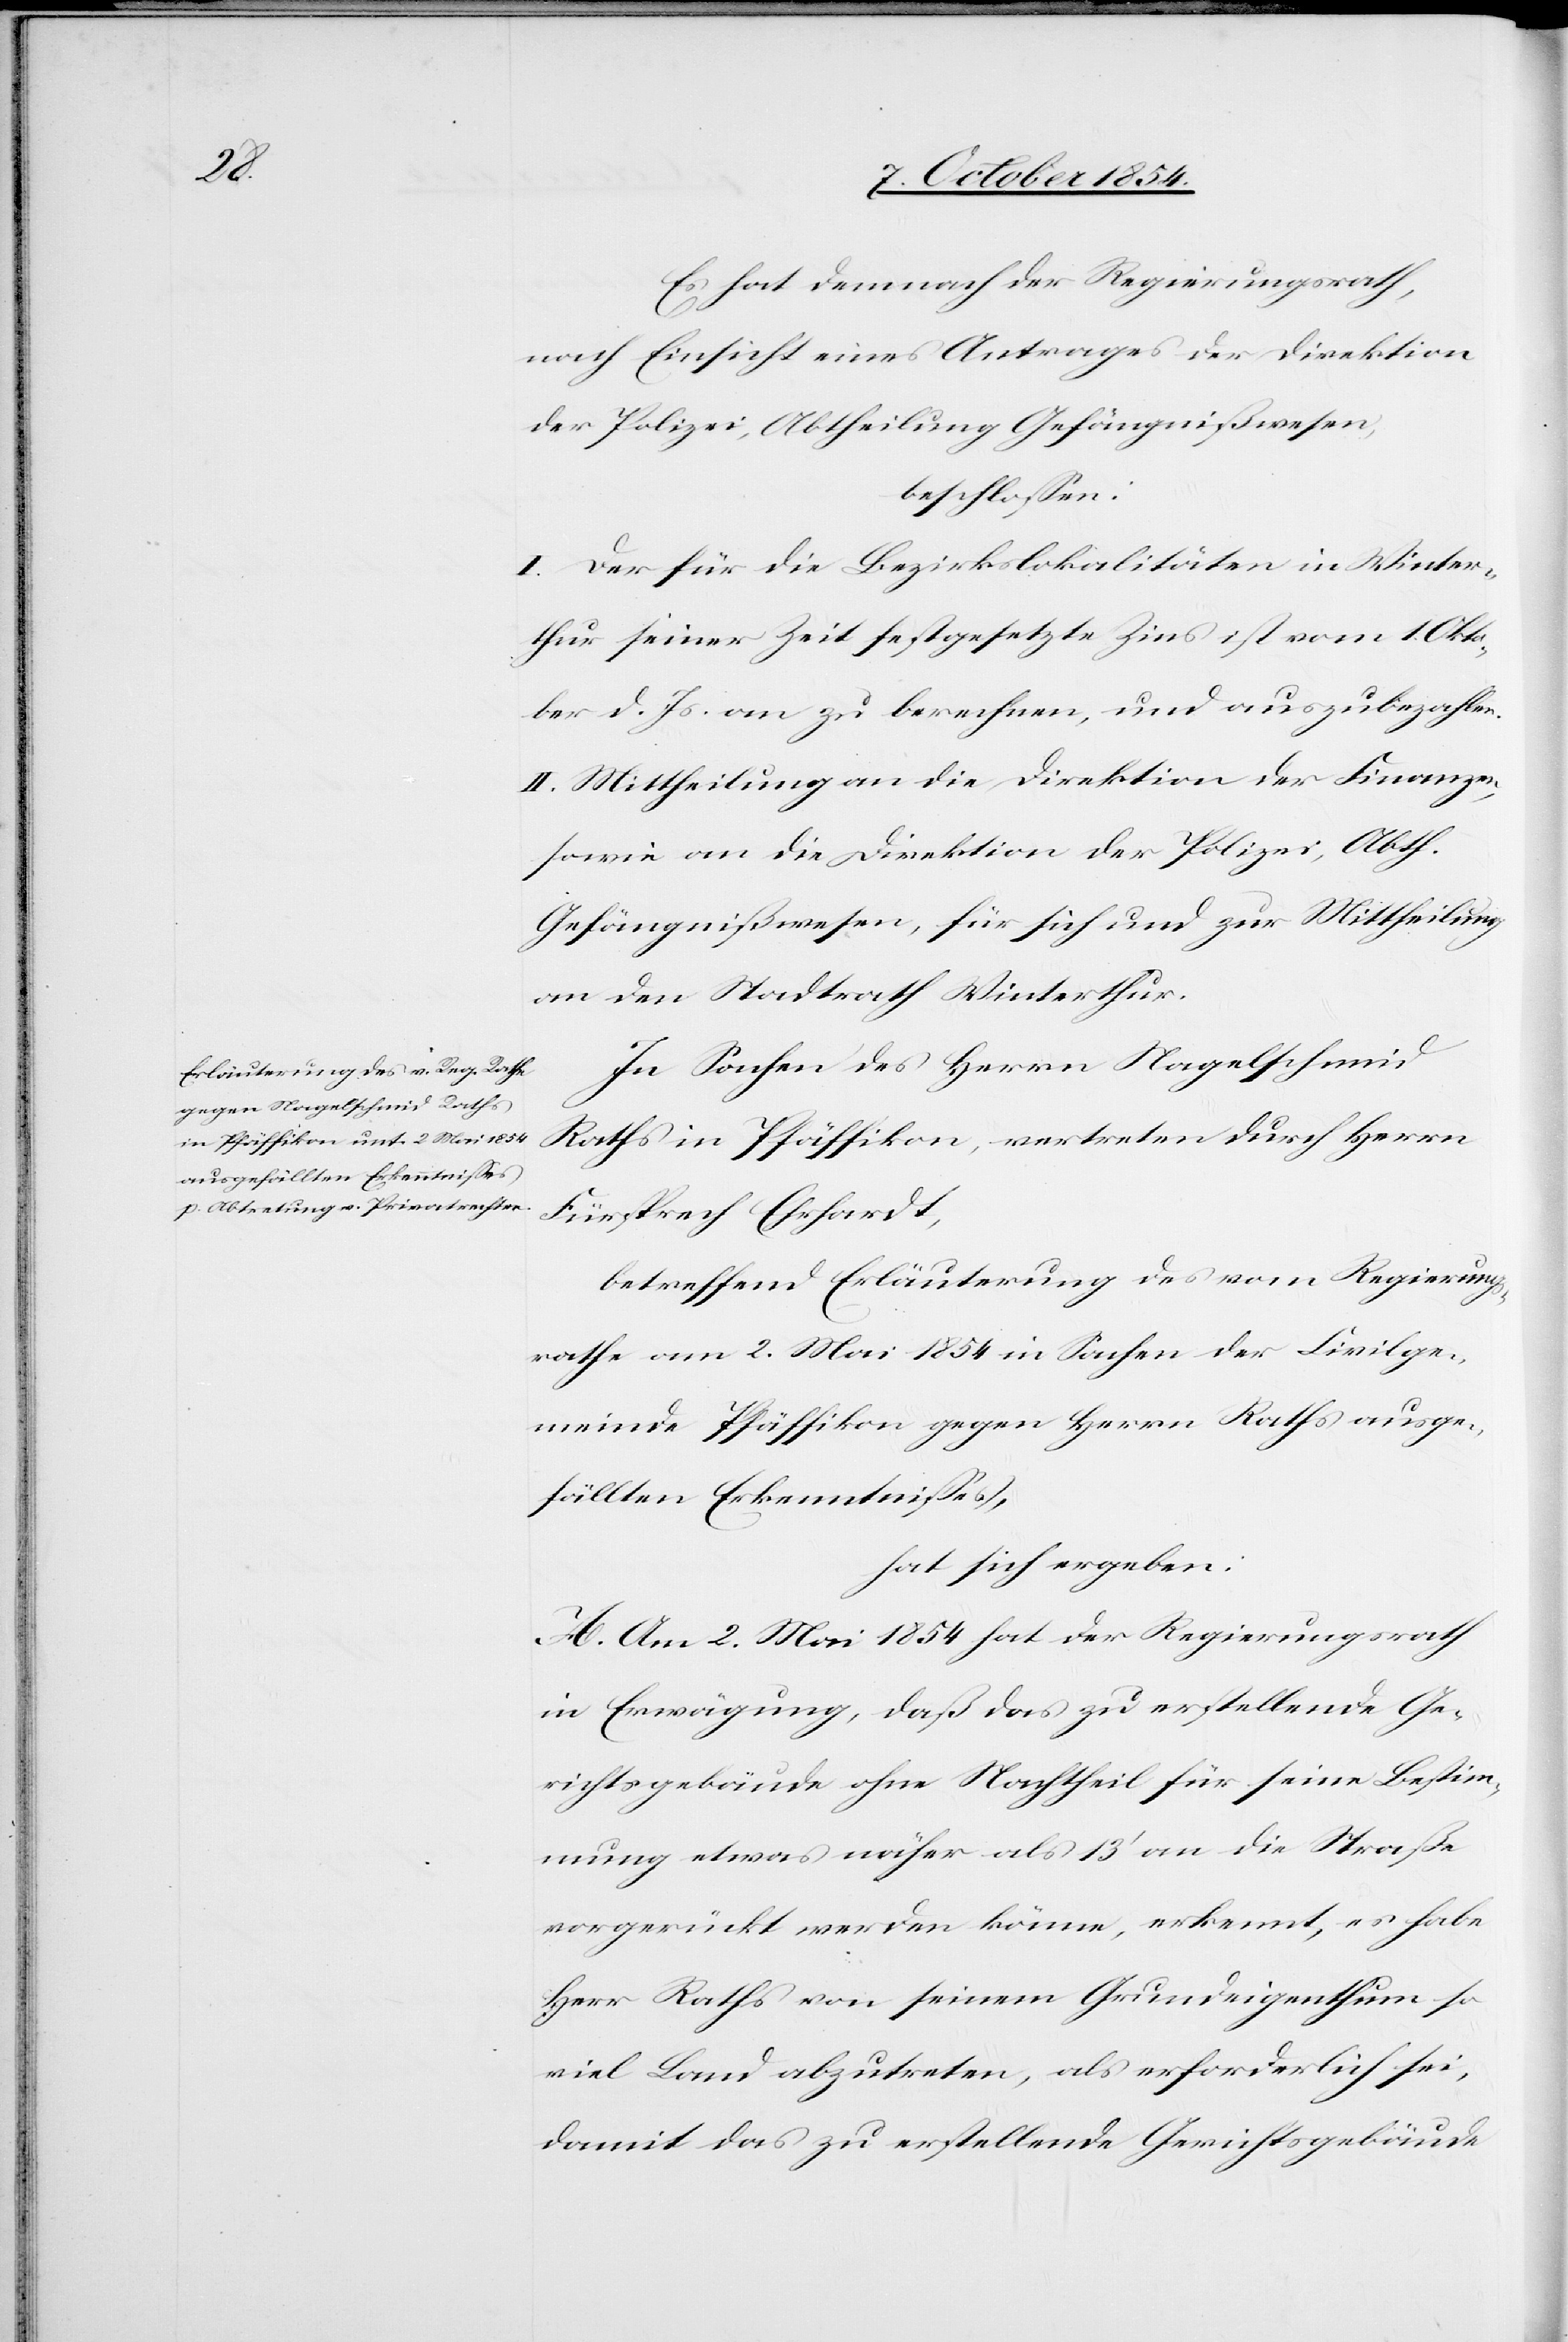
Es hat demnach der Regierungsrath,
nach Einsicht eines Antrages der Direktion
der Polizei, Abtheilung Gefängnißwesen,
beschloßen:
I. Der für die Bezirkslokalitäten in Winter¬
thur seiner Zeit festgesetzte Zins ist vom 1. Okto¬
ber d. Js. an zu berechnen, und auszubezahlen.
II. Mittheilung an die Direktion der Finanzen,
sowie an die Direktion der Polizei, Abth.
Gefängnißwesen, für sich und zur Mittheilung
an den Stadtrath Winterthur.
In Sachen des Herrn Nagelschmid
Raths in Pfäffikon, vertreten durch Herrn
Fürsprech Ehrhardt,
betreffend Erläuterung des vom Regierungs¬
rathe am 2. Mai 1854 in Sachen der Civilge¬
meinde Pfäffikon gegen Herrn Raths ausge¬
fällten Erkenntnißes,
hat sich ergeben:
A. Am 2. Mai 1854 hat der Regierungsrath
in Erwägung, daß das zu erstellende Ge¬
richtsgebäude ohne Nachtheil für seine Bestim¬
mung etwas näher als 13‘ an die Straße
vorgerückt werden könne, erkennt, es habe
Herr Raths von seinem Grundeigenthum so
viel Land abzutreten, als erforderlich sei,
damit das zu erstellende Gerichtsgebäude